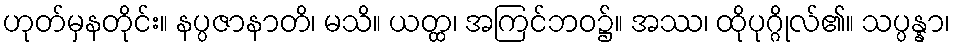
ဟုတ်မှနတိုင်း။ နပ္ပဇာနာတိ၊ မသိ။ ယတ္ထ၊ အကြင်ဘဝ၌။ အဿ၊ ထိုပုဂ္ဂိုလ်၏။ သပ္ပန္နာ၊